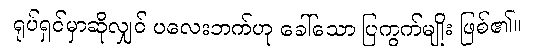
ရုပ်ရှင်မှာဆိုလျှင် ပလေးဘက်ဟု ခေါ်သော ပြကွက်မျိုး ဖြစ်၏။